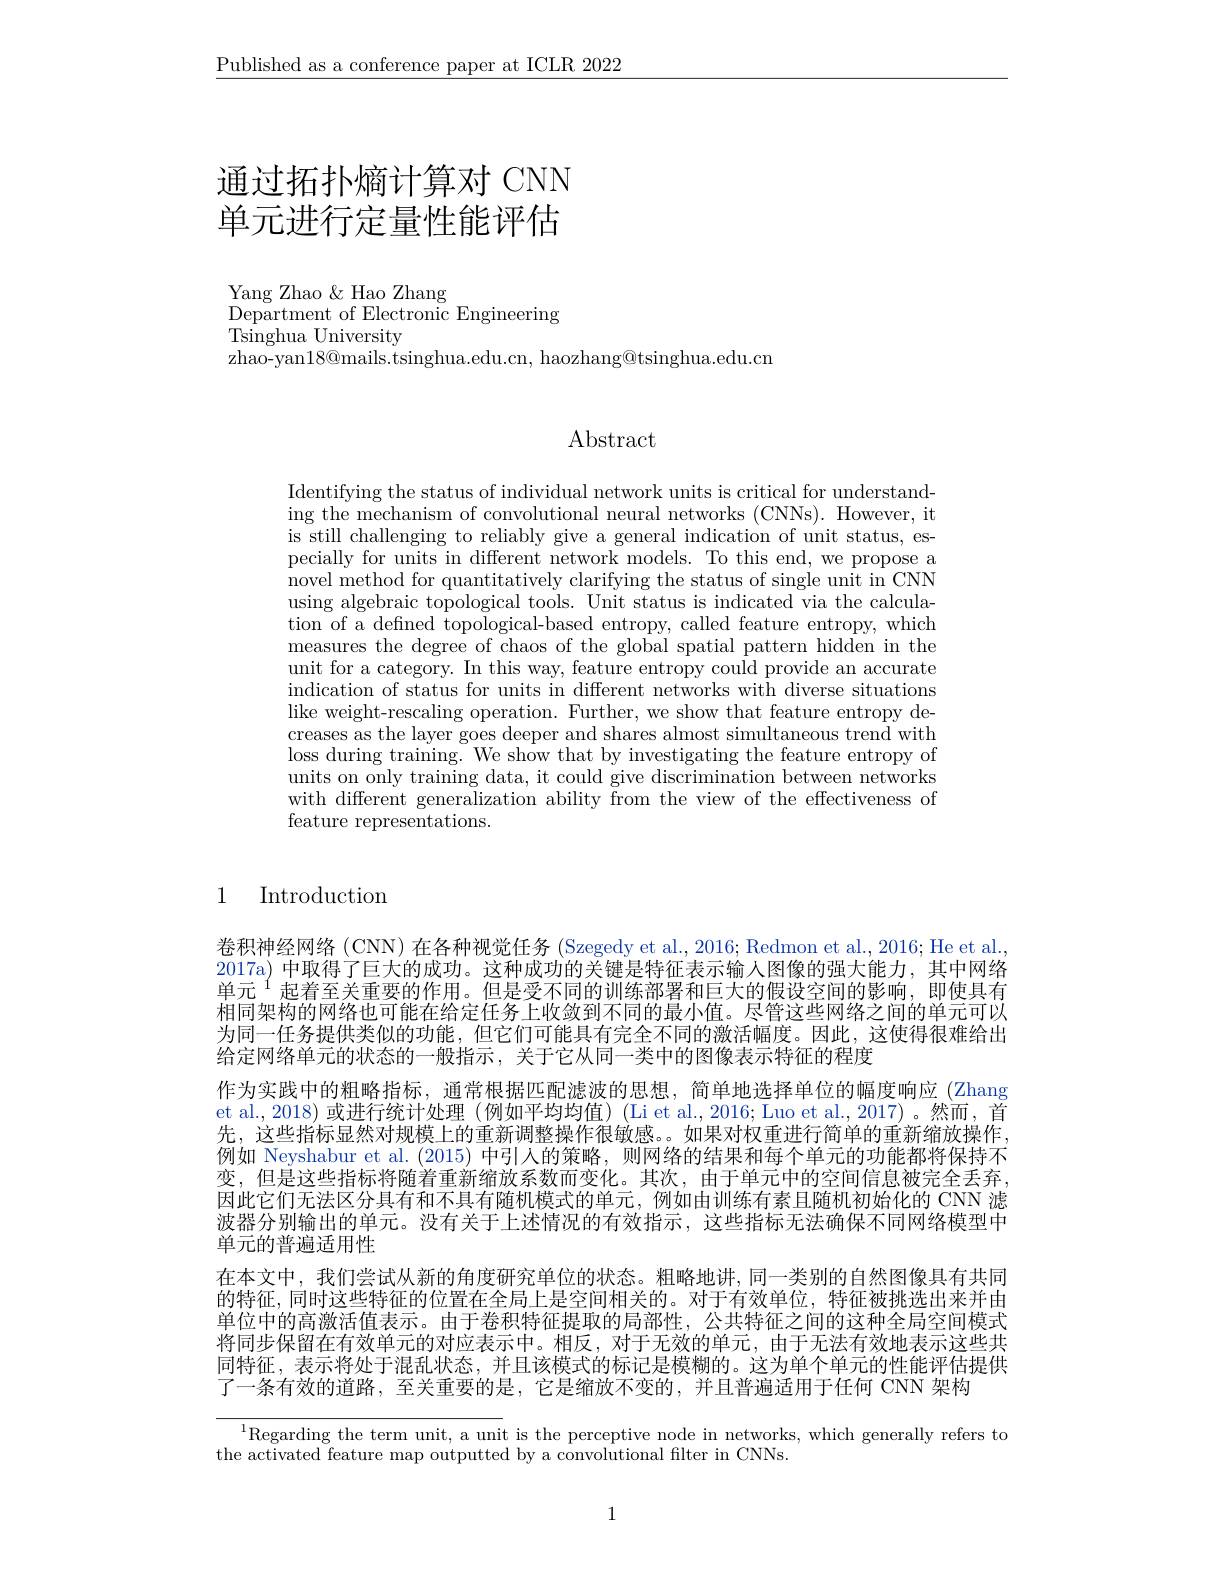
$\underline{\text{Published as a conference paper at ICLR 2022}}$

# 通过拓扑熵计算对 CNN 单元进行定量性能评估

Yang Zhao & Hao Zhang
$\underline{\text{Department of Electronic Engineering}}$
${\mathrm{Tsinghua~University}}$
$\bar{\text{zhao-yan18@mails.tsinghua.edu.cn, haozhang@tsinghua.edu.cm}}$

Abstract

Identifying the status of individual network units is critical for understanding the mechanism of convolutional neural networks (CNNs). However, it is still challenging to reliably give a general indication of unit status, especially for units in different network models. To this end, we propose a novel method for quantitatively clarifying the status of single unit in CNN using algebraic topological tools. Unit status is indicated via the calculation of a defined topological-based entropy, called feature entropy, which measures the degree of chaos of the global spatial pattern hidden in the unit for a category. In this way, feature entropy could provide an accurate indication of status for units in different networks with diverse situations like weight-rescaling operation. Further, we show that feature entropy decreases as the layer goes deeper and shares almost simultaneous trend with loss during training. We show that by investigating the feature entropy of units on only training data, it could give discrimination between networks with different generalization ability from the view of the effectiveness of feature representations.

1 Introduction

卷积神经网络 (CNN) 在各种视觉任务 (Szegedy et al., 2016; Redmon et al., 2016; He et al. 2017a) 中取得了巨大的成功。这种成功的关键是特征表示输人图像的强大能力，其中网络单元$^{1}$起着至关重要的作用。但是受不同的训练部署和巨大的假设空间的影响，即使具有相同架构的网络也可能在给定任务上收敛到不同的最小值。尽管这些网络之间的单元可以为同一任务提供类似的功能，但它们可能具有完全不同的激活幅度。因此，这使得很难给出给定网络单元的状态的一般指示，关于它从同一类中的图像表示特征的程度
作为实践中的粗略指标，通常根据匹配滤波的思想，简单地选择单位的幅度响应 (Zhang et al., 2018) 或进行统计处理 (例如平均均值) (Li et al., 2016; Luo et al., 2017)。然而，首先，这些指标显然对规模上的重新调整操作很敏感。。如果对权重进行简单的重新缩放操作， 例如 Neyshabur et al.(2015) 中引入的策略，则网络的结果和每个单元的功能都将保持不变，但是这些指标将随着重新缩放系数而变化。其次，由于单元中的空间信息被完全丢弃， 因此它们无法区分具有和不具有随机模式的单元，例如由训练有素且随机初始化的 CNN 滤波器分别输出的单元。没有关于上述情况的有效指示，这些指标无法确保不同网络模型中单元的普遍适用性
在本文中，我们尝试从新的角度研究单位的状态。粗略地讲，同一类别的自然图像具有共同的特征，同时这些特征的位置在全局上是空间相关的。对于有效单位，特征被挑选出来并由单位中的高激活值表示。由于卷积特征提取的局部性，公共特征之间的这种全局空间模式将同步保留在有效单元的对应表示中。相反，对于无效的单元，由于无法有效地表示这些共同特征，表示将处于混乱状态，并且该模式的标记是模糊的。这为单个单元的性能评估提供了一条有效的道路，至关重要的是，它是缩放不变的，并且普遍适用于任何 CNN 架构

$^{1}$Regarding the term unit, a unit is the perceptive node in networks, which generally refers to
the activated feature map outputted by a convolutional filter in CNNs.

1